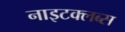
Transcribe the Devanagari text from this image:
नाइटक्लब्स